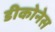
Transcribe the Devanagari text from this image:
डीकोनेस